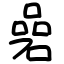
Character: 碞